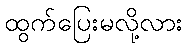
ထွက်ပြေးမလို့လား